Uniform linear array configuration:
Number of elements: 4
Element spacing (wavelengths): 1
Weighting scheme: hamming
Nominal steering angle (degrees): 0
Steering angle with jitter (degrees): -1.82
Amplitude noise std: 0.05
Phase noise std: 0.05

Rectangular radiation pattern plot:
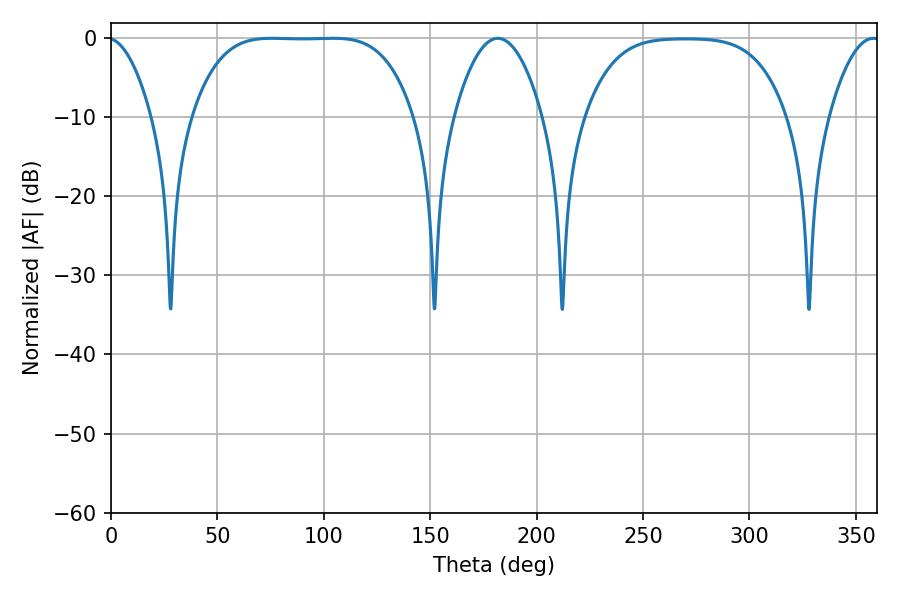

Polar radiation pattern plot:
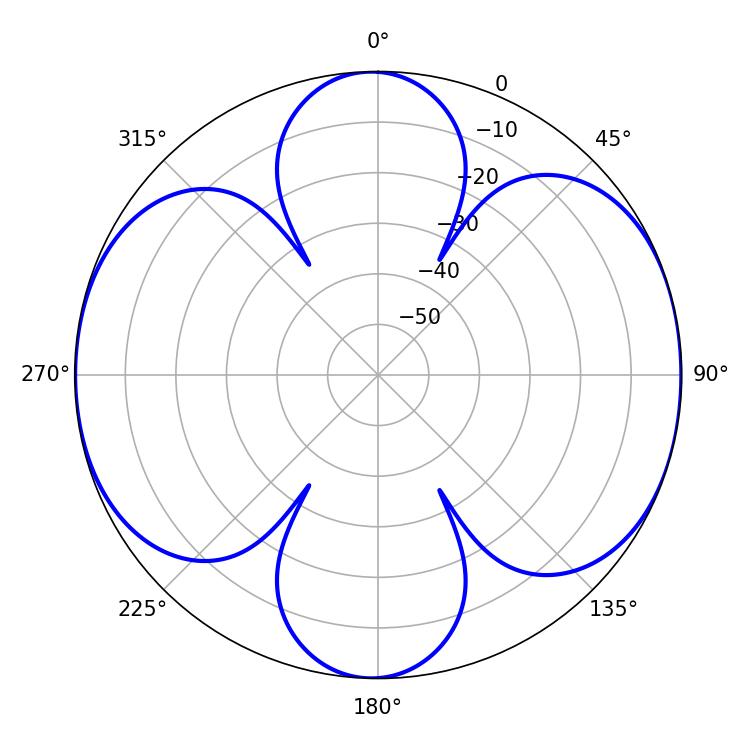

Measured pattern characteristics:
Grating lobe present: TRUE
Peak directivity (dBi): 10.945
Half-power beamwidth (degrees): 23.04
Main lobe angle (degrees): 181.8